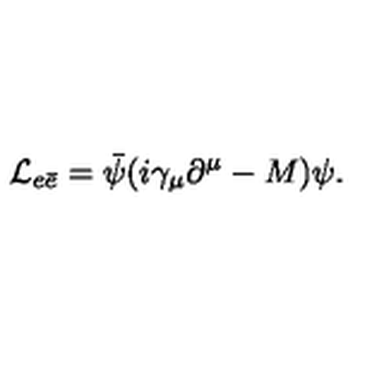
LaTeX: { \cal L } _ { e \bar { e } } = \bar { \psi } ( i \gamma _ { \mu } \partial ^ { \mu } - M ) \psi .